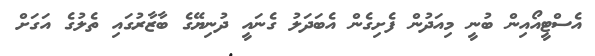
އެސްޓީއޯއިން ބުނީ މިއަދުން ފެށިގެން އެބަދަލު ގެނައީ ދުނިޔޭގެ ބާޒާރުގައި ތެލުގެ އަގަށް